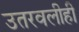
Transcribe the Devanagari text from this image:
उतरवलीही